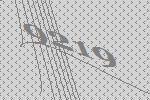
9219